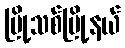
မြို့သစ်မြို့နယ်